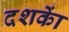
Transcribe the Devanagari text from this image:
दशकाें